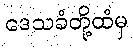
ဒေသခံတို့ထံမှ